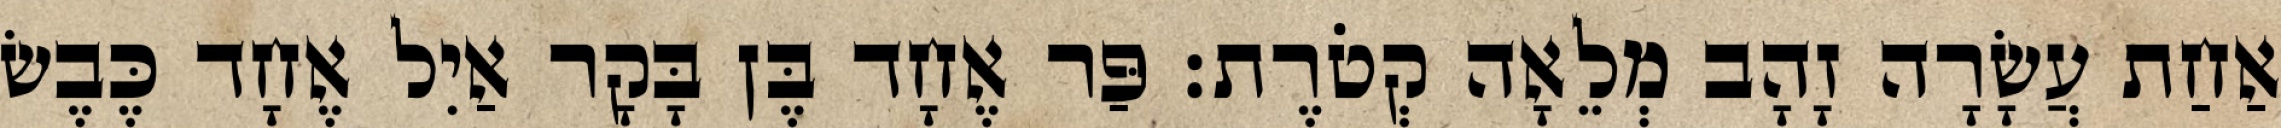
אַחַת עֲשָׂרָה זָהָב מְלֵאָה קְטֹרֶת׃ פַּר אֶחָד בֶּן בָּקָר אַיִל אֶחָד כֶּבֶשׂ